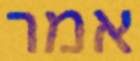
אמר